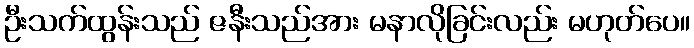
ဦးသက်ထွန်းသည် ဇနီးသည်အား မနာလိုခြင်းလည်း မဟုတ်ပေ။